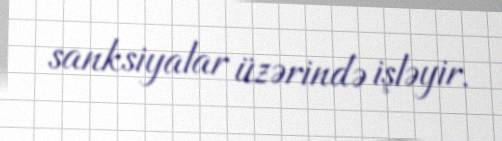
sanksiyalar üzərində işləyir.